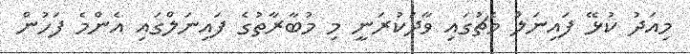
މިއަދު ކުޅޭ ފައިނަލް މެޗުގައި ވާދަކުރަނީ މި މުބާރާތުގެ ފައިނަލްގައި އެންމެ ފަހުން